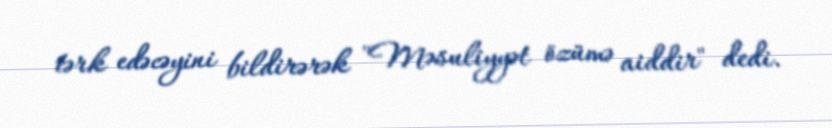
tərk edəcəyini bildirərək "Məsuliyyət özümə aiddir" dedi.